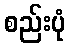
စည်းပုံ